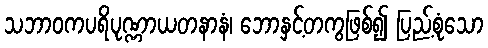
သဘာဝကပရိပုဏ္ဏာယတနာနံ၊ ဘောနှင့်တကွဖြစ်၍ ပြည့်စုံသော